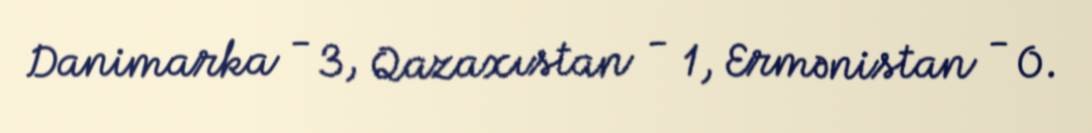
Danimarka - 3, Qazaxıstan - 1, Ermənistan - 0.